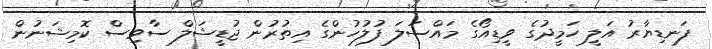
ފަނޑިޔާރު އަލީ ހަމީދުގެ ވީޑިއޯގެ މައްސަލަ ފުލުހުންގެ އިތުރުން ޖުޑީޝަލް ސާވިސް ކޮމިޝަނުން